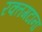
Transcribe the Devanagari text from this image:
रक्तगटाना